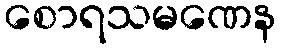
စောရသမဏေန